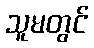
သူမတွင်